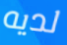
لديه